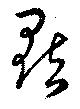
點